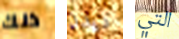
ذلك ديدن التي